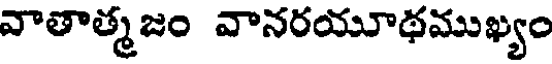
వాతాత్మజం వానరయూథముఖ్యం